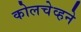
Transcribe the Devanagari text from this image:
कोलचेव्हने